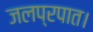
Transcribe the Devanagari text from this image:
जलप्रपात।